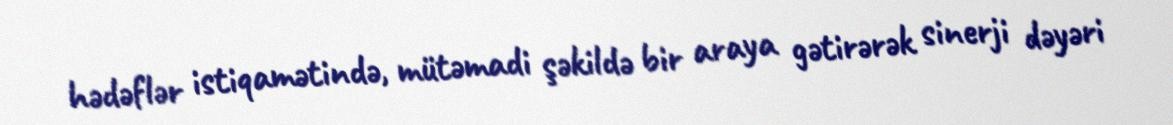
hədəflər istiqamətində, mütəmadi şəkildə bir araya gətirərək sinerji dəyəri